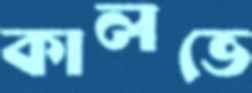
কালভে